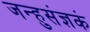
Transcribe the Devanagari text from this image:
जन्हुसंज्ञकं